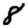
Digit: 8